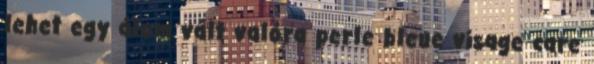
lehet egy álom vált valóra perle bleue visage care